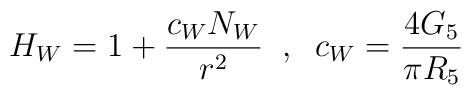
H_W = 1 + \frac{c_WN_W}{r^2} \;\; , \;\; c_W = \frac{4G_5}{\pi R_5}